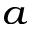
_ { a }